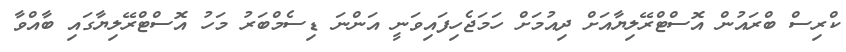
ކްރިސް ބްރައުން އޮސްޓްރޭލިޔާއަށް ދިއުމަށް ހަމަޖެހިފައިވަނީ އަންނަ ޑިސެމްބަރު މަހު އޮސްޓްރޭލިޔާގައި ބާއްވާ